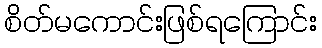
စိတ်မကောင်းဖြစ်ရကြောင်း